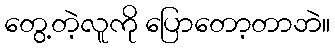
တွေ့တဲ့လူကို ပြောတော့တာဘဲ။